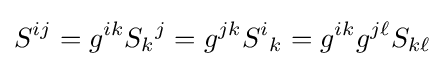
S^{ij}=g^{ik}S_{k}{}^{j}=g^{jk}S^{i}{}_{k}=g^{ik}g^{j\ell }S_{k\ell }